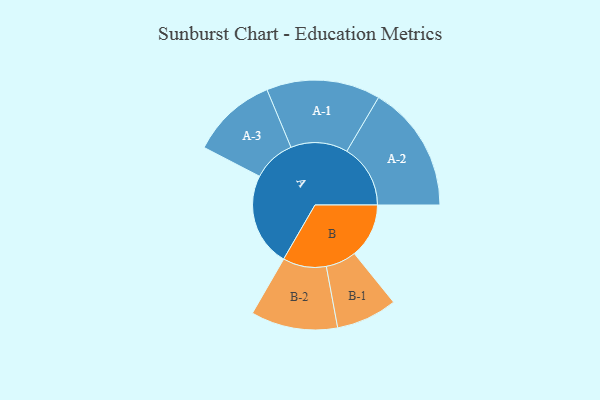
{"axis": {"x": "Segment", "y": "Value"}, "legend": ["", "A", "B"], "data": [{"x": "A", "y": 435, "type": ""}, {"x": "B", "y": 254, "type": ""}, {"x": "A-1", "y": 265, "type": "A"}, {"x": "A-2", "y": 296, "type": "A"}, {"x": "A-3", "y": 199, "type": "A"}, {"x": "B-1", "y": 142, "type": "B"}, {"x": "B-2", "y": 202, "type": "B"}]}